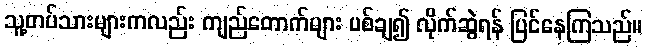
သူ့တပ်သားများကလည်း ကျည်တောက်များ ပစ်ချ၍ လိုက်ဆွဲရန် ပြင်နေကြသည်။